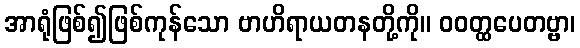
အာရုံဖြစ်၍ဖြစ်ကုန်သော ဗာဟိရာယတနတို့ကို။ ဝဝတ္ထပေတဗ္ဗာ၊